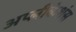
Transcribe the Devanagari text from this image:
अप्लीकेशंस